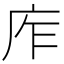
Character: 㡸